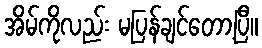
အိမ်ကိုလည်း မပြန်ချင်တော့ပြီ။